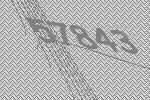
57843